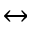
\leftrightarrow